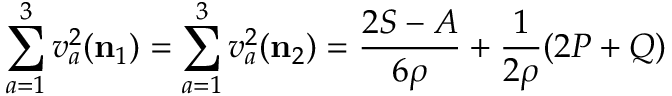
\sum _ { a = 1 } ^ { 3 } v _ { a } ^ { 2 } ( { \mathbf { n } _ { 1 } } ) = \sum _ { a = 1 } ^ { 3 } v _ { a } ^ { 2 } ( { \mathbf { n } _ { 2 } } ) = \frac { 2 S - A } { 6 \rho } + \frac 1 { 2 \rho } ( 2 P + Q )